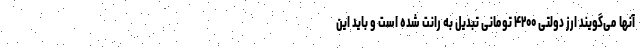
آنها می‌گویند ارز دولتی ۴۲۰۰ تومانی تبدیل به رانت شده است و باید این